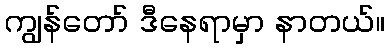
ကျွန်တော် ဒီနေရာမှာ နာတယ်။